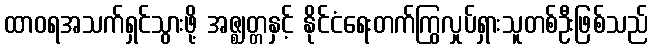
ထာဝရအသက်ရှင်သွားဖို့ အဇ္ဈတ္တနှင့် နိုင်ငံရေးတက်ကြွလှုပ်ရှားသူတစ်ဦးဖြစ်သည်